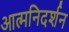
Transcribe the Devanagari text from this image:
आत्मनिदर्शन